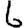
Digit: 6